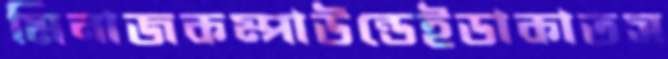
মিনাজকম্পাউন্ডেইডাকাতস